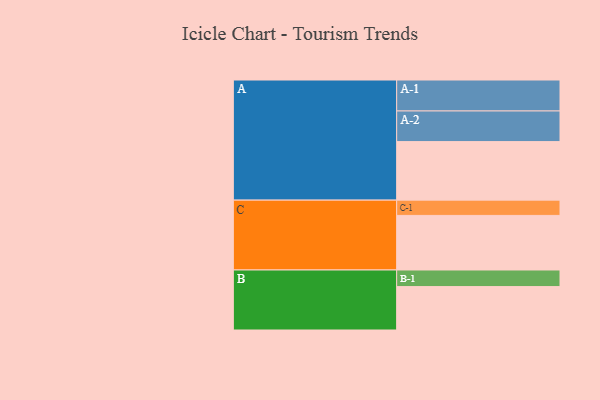
{"axis": {"x": "Segment", "y": "Value"}, "legend": ["", "A", "B", "C"], "data": [{"x": "A", "y": 518, "type": ""}, {"x": "B", "y": 384, "type": ""}, {"x": "C", "y": 483, "type": ""}, {"x": "A-1", "y": 274, "type": "A"}, {"x": "A-2", "y": 271, "type": "A"}, {"x": "B-1", "y": 147, "type": "B"}, {"x": "C-1", "y": 135, "type": "C"}]}